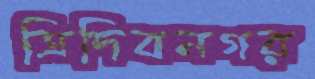
ত্রিদিবনগর